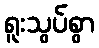
ရူးသွပ်စွာ